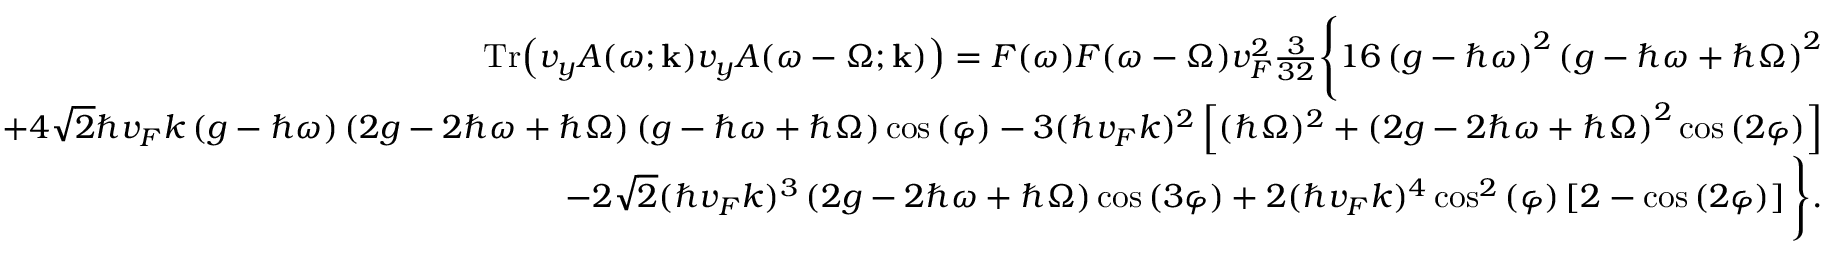
\begin{array} { r l r } & { } & { \mathrm { T r } { \left( v _ { y } A ( \omega ; \mathbf { k } ) v _ { y } A ( \omega - \Omega ; \mathbf { k } ) \right) } = F ( \omega ) F ( \omega - \Omega ) v _ { F } ^ { 2 } \frac { 3 } { 3 2 } \Bigg \{ 1 6 \left( g - \hbar \omega \right) ^ { 2 } \left( g - \hbar \omega + \hbar \Omega \right) ^ { 2 } } \\ & { } & { + 4 \sqrt { 2 } \hbar v _ { F } k \left( g - \hbar \omega \right) \left( 2 g - 2 \hbar \omega + \hbar \Omega \right) \left( g - \hbar \omega + \hbar \Omega \right) \cos { ( \varphi ) } - 3 ( \hbar v _ { F } k ) ^ { 2 } \left[ ( \hbar \Omega ) ^ { 2 } + \left( 2 g - 2 \hbar \omega + \hbar \Omega \right) ^ { 2 } \cos { ( 2 \varphi ) } \right] } \\ & { } & { - 2 \sqrt { 2 } ( \hbar v _ { F } k ) ^ { 3 } \left( 2 g - 2 \hbar \omega + \hbar \Omega \right) \cos { ( 3 \varphi ) } + 2 ( \hbar v _ { F } k ) ^ { 4 } \cos ^ { 2 } { ( \varphi ) } \left[ 2 - \cos { ( 2 \varphi ) } \right] \Bigg \} . } \end{array}